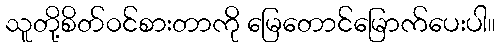
သူတို့စိတ်ဝင်စားတာကို မြေတောင်မြောက်ပေးပါ။